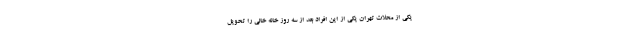
یکی از محلات تهران یکی از این افراد بعد از سه روز خانه خالی را تحویل